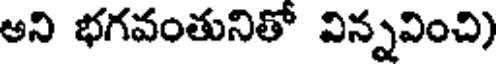
అని భగవంతునితో విన్నవించి)